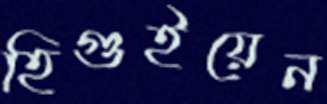
হিগুইয়েন